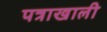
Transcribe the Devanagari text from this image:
पत्राखाली